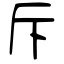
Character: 斥